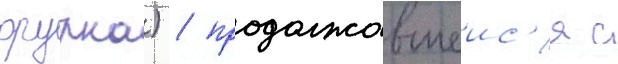
орурка) / продолжавшеис'я с